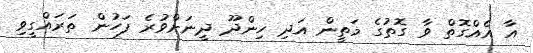
އާ އެއްގޮތް ވާ ގޮތުގެ މަތީން އަދި ހިންދޫ ދީނަށްވުރެ ފަހުން ތަރައްގީވި